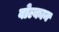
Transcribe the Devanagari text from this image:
वोल्कान